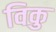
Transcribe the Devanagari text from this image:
विकु